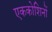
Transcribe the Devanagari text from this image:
एककोशिनों